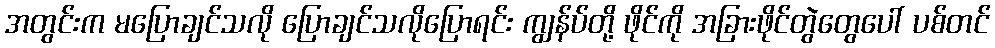
အတွင်းက မပြောချင်သလို ပြောချင်သလိုပြောရင်း ကျွန်ပ်တို့ ဖိုင်ကို အခြားဖိုင်တွဲတွေပေါ် ပစ်တင်